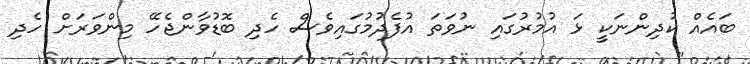
ބައެއް ކުދިންނަކީ ޅަ އުމުރުގައި ނުވަތަ އުފެދުމުގައިވެސް ހެދި ބޮޑުވާންޖެހޭ މިންވަރަށް ހެދި